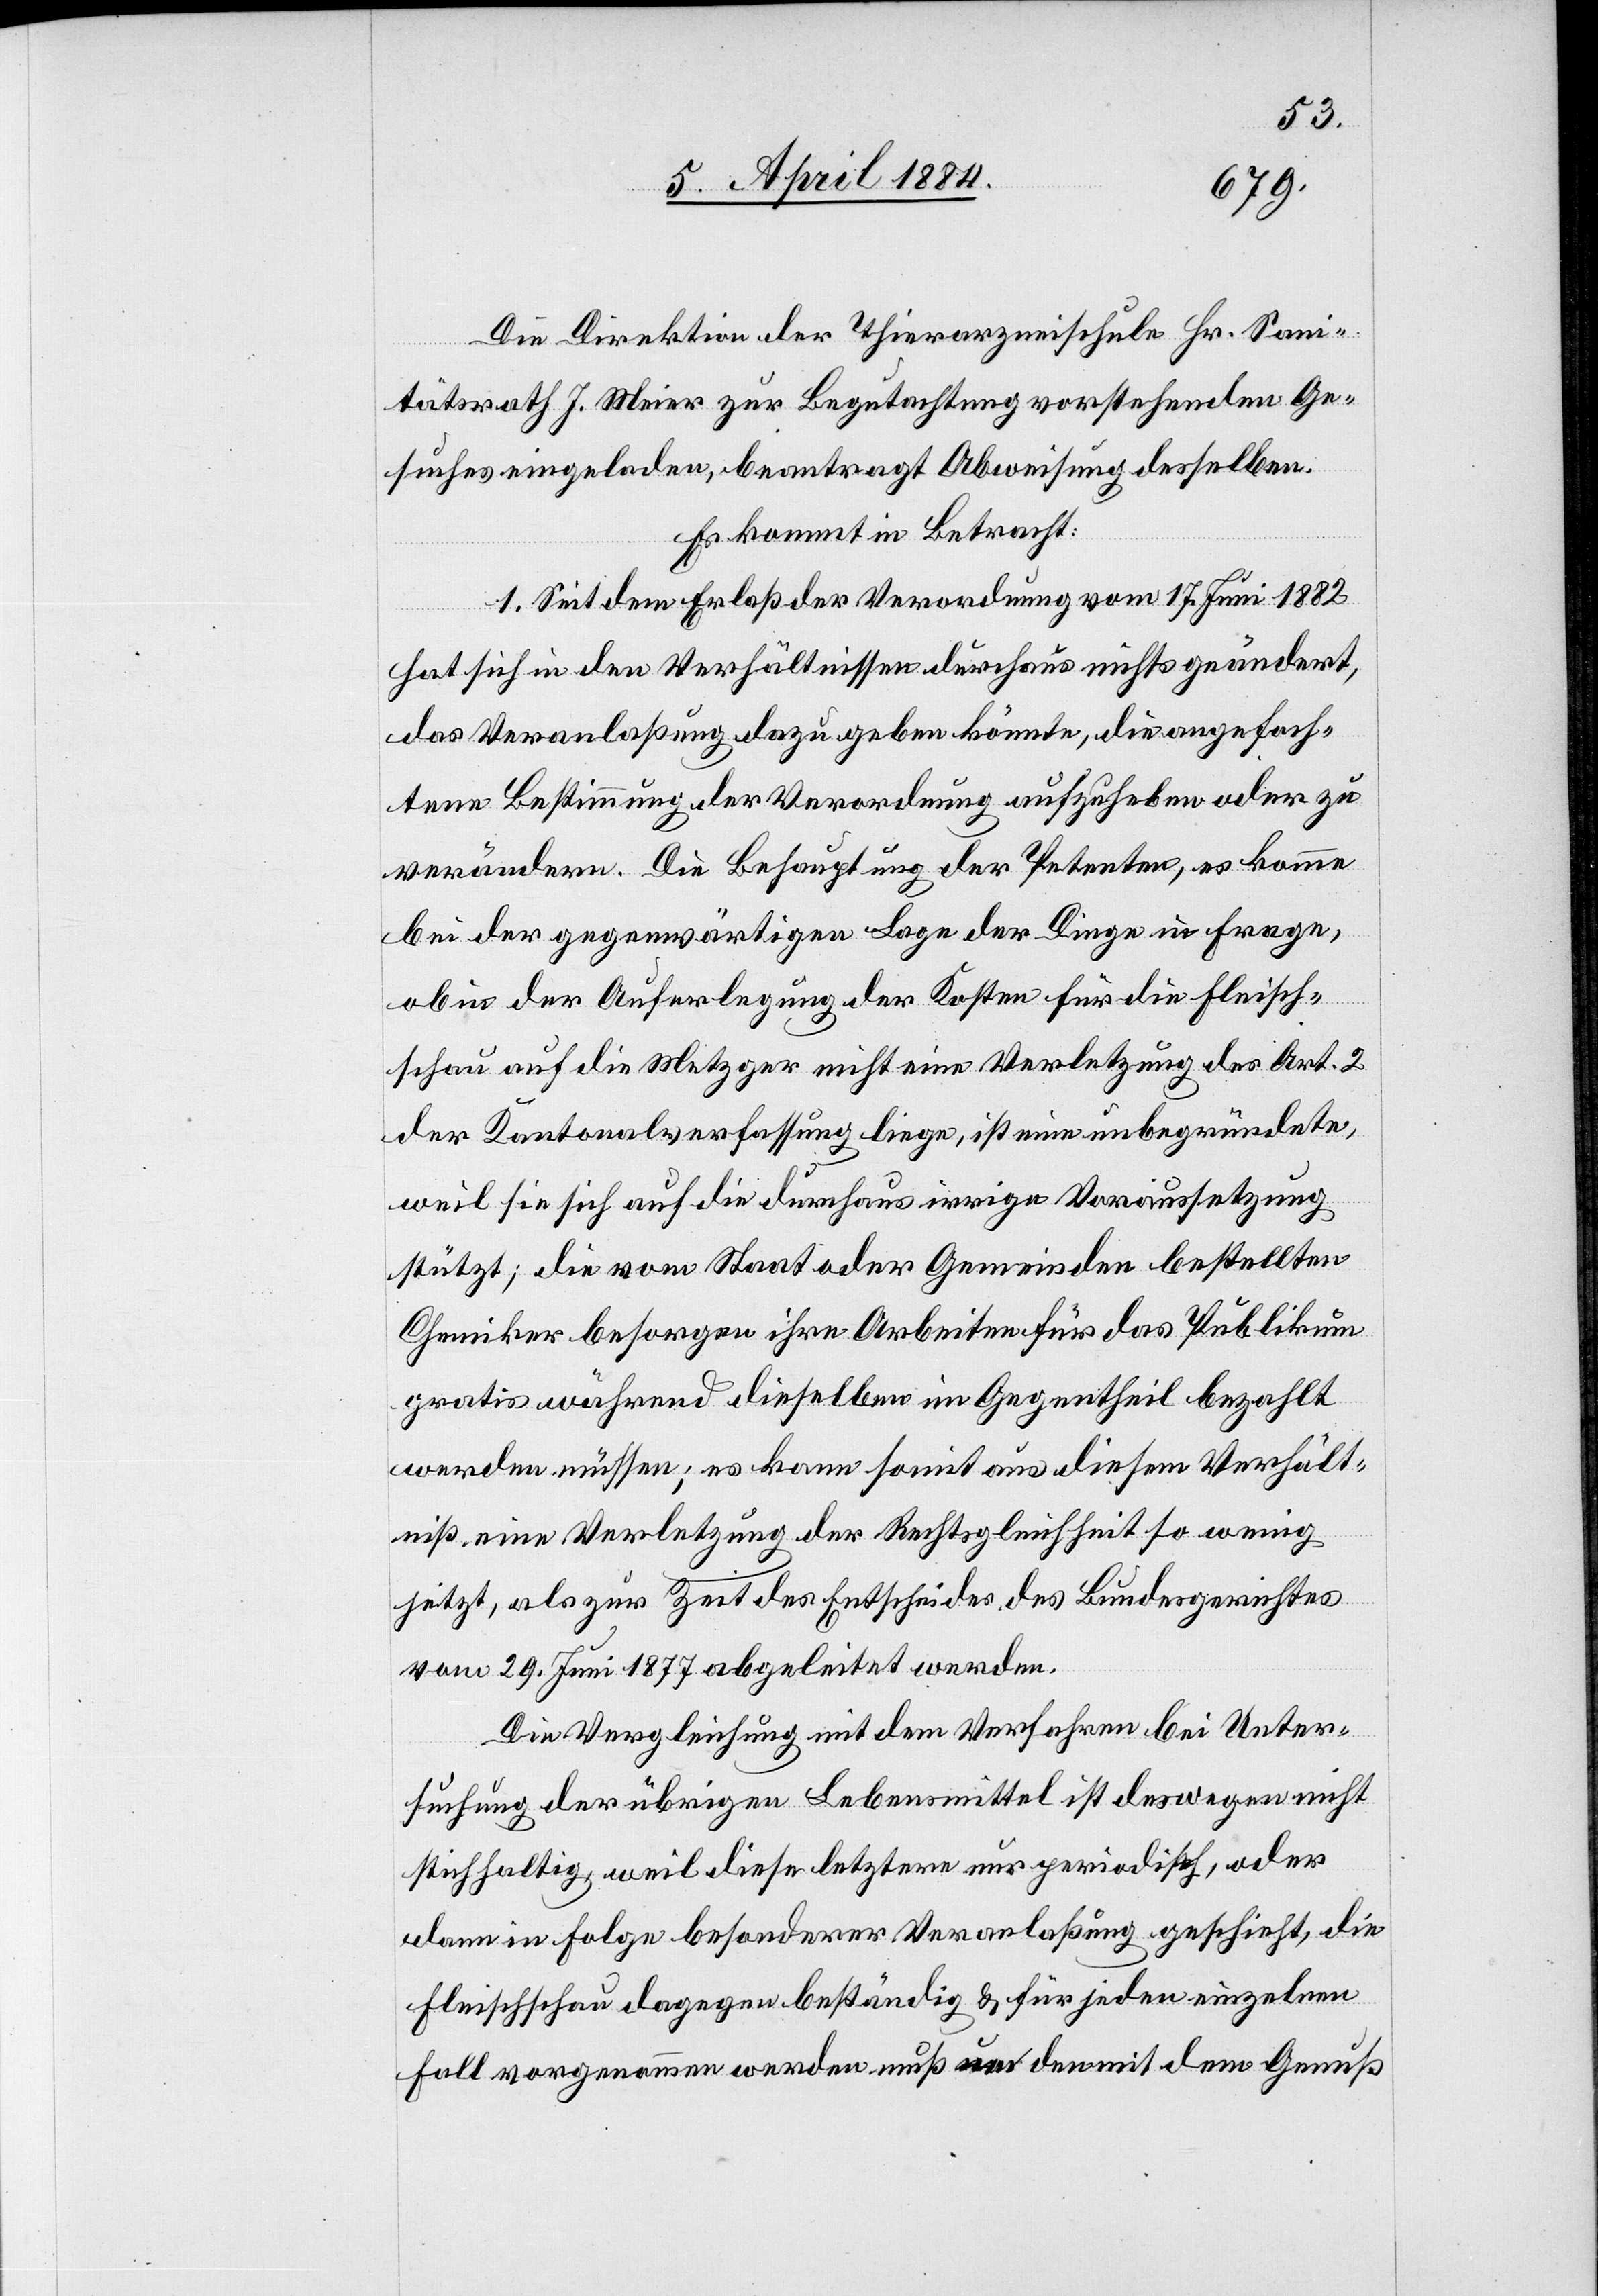
Die Direktion der Thierarzneischule Hr. Sani¬
tätsrath J. Meier zur Begutachtung vorstehenden Ge¬
suches eingeladen, beantragt Abweisung desselben.
Es kommt in Betracht:
1. Seit dem Erlaß der Verordnung vom 17. Juni 1882
hat sich in den Verhältnissen durchaus nichts geändert,
das Veranlaßung dazu geben könnte, die angefoch¬
tene Bestimmung der Verordnung aufzuheben oder zu
verändern. Die Behauptung der Petenten, es komme
bei der gegenwärtigen Lage der Dinge in Frage,
ob in der Auferlegung der Kosten für die Fleisch¬
schau auf die Metzger nicht eine Verletzung des Art. 2
der Kantonalverfassung liege, ist eine unbegründete,
weil sie sich auf die durchaus irrige Voraussetzung
stützt; die vom Staat oder Gemeinden bestellten
Chemiker besorgen ihre Arbeiten für das Publikum
gratis während dieselben im Gegentheil bezahlt
werden müssen; es kann somit aus diesem Verhält¬
niß, eine Verletzung der Rechtsgleichheit so wenig
jetzt, als zur Zeit des Entscheides des Bundesgerichtes
vom 29. Juni 1877 abgeleitet werden.
Die Vergleichung mit dem Verfahren bei Unter¬
suchung der übrigen Lebensmittel ist deswegen nicht
stichhaltig, weil diese letztern nur periodisch, oder
dann in Folge besonderer Veranlaßung geschieht, die
Fleischschau dagegen beständig & für jeden einzelnen
Fall vorgenommen werden muß um den mit dem Genuß